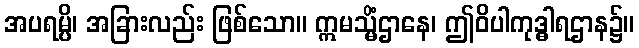
အပရမ္ပိ၊ အခြားလည်း ဖြစ်သော။ ဣမသ္မိံဌာနေ၊ ဤဝိပါကုဒ္ဓါရဌာန၌။